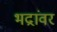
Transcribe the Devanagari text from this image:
भद्रांवर